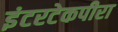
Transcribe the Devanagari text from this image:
इंटरटेकपीरा